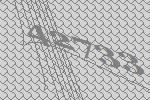
42733